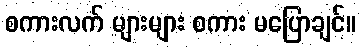
စကားလက် များများ စကား မပြောချင်။